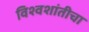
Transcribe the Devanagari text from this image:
विश्वशांतीचा